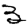
Digit: 3